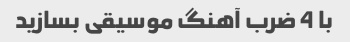
با 4 ضرب آهنگ موسیقی بسازید